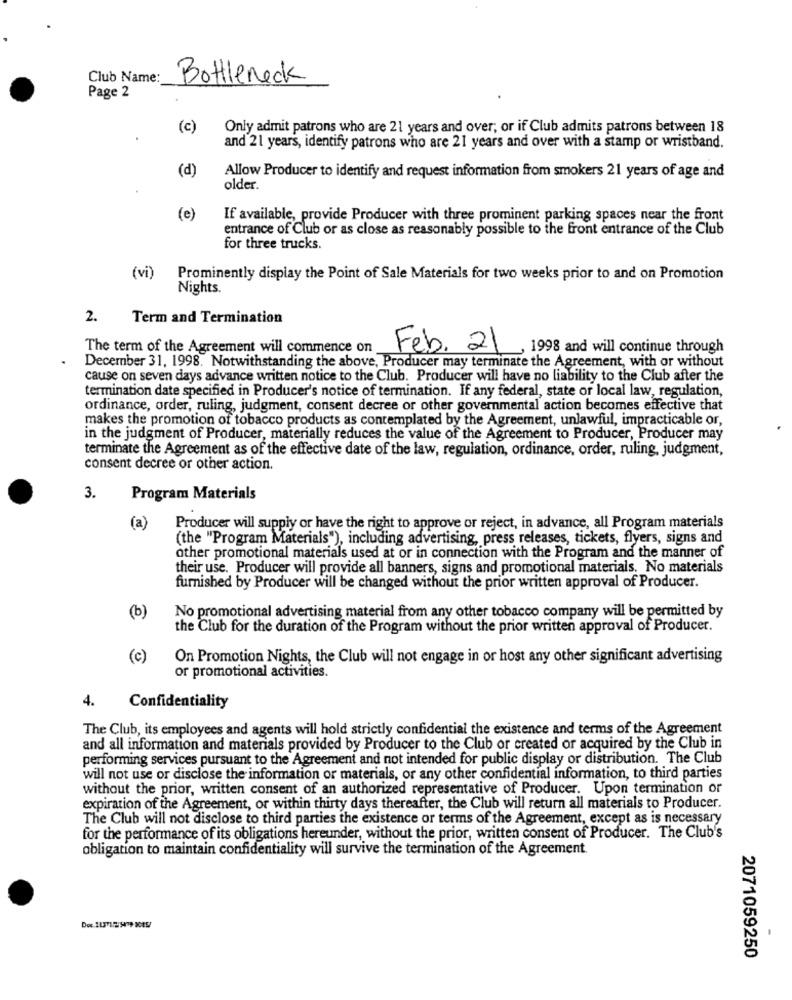
Club Name:
Bottleneck
Page 2
(c)
Only admit patrons who are 21 years and over; or if Club admits patrons between 18
and 21 years, identify patrons who are 21 years and over with a stamp or wristband.
(d)
Allow Producer to identify and request information from smokers 21 years of age and
older.
(e)
If available, provide Producer with three prominent parking spaces near the front
entrance of Club or as close as reasonably possible to the front entrance of the Club
for three trucks.
(vi)
Prominently display the Point of Sale Materials for two weeks prior to and on Promotion
Nights.
2.
Term and Termination
The term of the Agreement will commence on
Feb. 21
1998 and will continue through
December 31, 1998. Notwithstanding the above, Producer may terminate the Agreement, with or without
cause on seven days advance written notice to the Club. Producer will have no liability to the Club after the
termination date specified in Producer's notice of termination. If any federal, state or local law, regulation,
ordinance, order, ruling, judgment, consent decree or other governmental action becomes effective that
makes the promotion of tobacco products as contemplated by the Agreement, unlawful, impracticable or,
in the judgment of Producer, materially reduces the value of the Agreement to Producer, Producer may
terminate the Agreement as of the effective date of the law, regulation, ordinance, order, ruling, judgment,
consent decree or other action.
3.
Program Materials
(a)
Producer will supply or have the right to approve or reject, in advance, all Program materials
(the "Program Materials"), including advertising, press releases, tickets, flyers, signs and
other promotional materials used at or in connection with the Program and the manner of
their use. Producer will provide all banners, signs and promotional materials. No materials
furnished by Producer will be changed without the prior written approval of Producer.
No promotional advertising material from any other tobacco company will be permitted by
(b)
the Club for the duration of the Program without the prior written approval of Producer.
(c)
On Promotion Nights, the Club will not engage in or host any other significant advertising
or promotional activities.
4.
Confidentiality
The Club, its employees and agents will hold strictly confidential the existence and terms of the Agreement
and all information and materials provided by Producer to the Club or created or acquired by the Club in
performing services pursuant to the Agreement and not intended for public display or distribution. The Club
will not use or disclose the information or materials, or any other confidential information, to third parties
without the prior, written consent of an authorized representative of Producer. Upon termination or
expiration of the Agreement, or within thirty days thereafter, the Club will return all materials to Producer.
The Club will not disclose to third parties the existence or terms of the Agreement, except as is necessary
for the performance of its obligations hereunder, without the prior, written consent of Producer. The Club's
obligation to maintain confidentiality will survive the termination of the Agreement.
2071059250